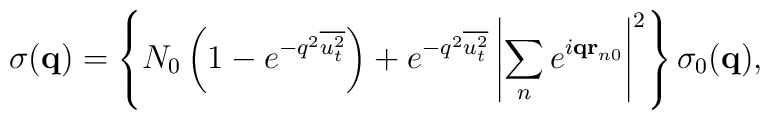
\sigma ({\bf q})=\left\{ N_{0}\left( 1-e^{-q^{2}\overline{u_{t}^{2}}}\right)+e^{-q^{2}\overline{u_{t}^{2}}}\left| \sum_{n}e^{i{\bf qr}_{n0}}\right|^{2}\right\} \sigma _{0}({\bf q}),